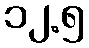
၁၂.၅